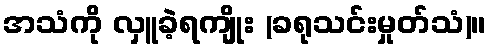
အသံကို လှူခဲ့ရကျိုး (ခရုသင်းမှုတ်သံ)။